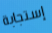
إستجابة